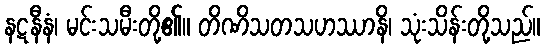
နဋနီနံ၊ မင်းသမီးတို့၏။ တိဏိသတသဟဿာနိ၊ သုံးသိန်းတို့သည်။